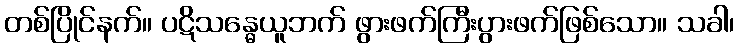
တစ်ပြိုင်နက်။ ပဋိသန္ဓေယူဘက် ဖွားဖက်ကြီးပွားဖက်ဖြစ်သော။ သခါ၊